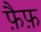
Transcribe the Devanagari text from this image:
फ़ैफ़